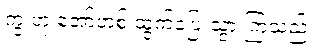
ကွ ဟု အော်ဟစ် ထွက်ပြေးသွားကြသည်။